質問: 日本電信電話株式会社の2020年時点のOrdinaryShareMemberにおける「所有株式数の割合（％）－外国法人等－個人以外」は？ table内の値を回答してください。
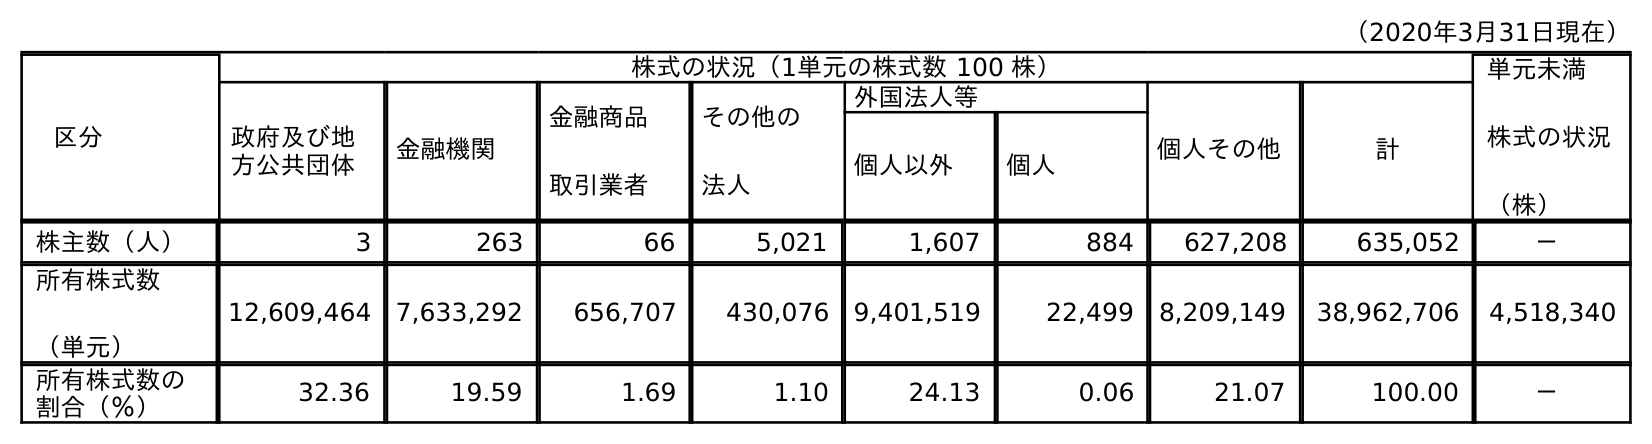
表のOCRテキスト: （2020年3月31日現在） 区分 株式の状況（1単元の株式数 100 株） 単元未満 株式の状況 （株） 政府及び地 方公共団体 金融機関 金融商品 取引業者 その他の 法人 外国法人等 個人その他 計 個人以外 個人 株主数（人） 3 263 66 5,021 1,607 884 627,208 635,052 － 所有株式数 （単元） 12,609,464 7,633,292 656,707 430,076 9,401,519 22,499 8,209,149 38,962,706 4,518,340 所有株式数の 割合（％） 32.36 19.59 1.69 1.10 24.13 0.06 21.07 100.00 －
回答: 24.13